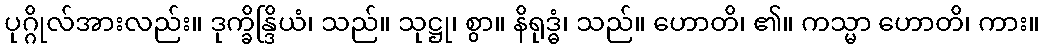
ပုဂ္ဂိုလ်အားလည်း။ ဒုက္ခိန္ဒြိယံ၊ သည်။ သုဋ္ဌု၊ စွာ။ နိရုဒ္ဓံ၊ သည်။ ဟောတိ၊ ၏။ ကသ္မာ ဟောတိ၊ ကား။